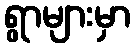
ရွာများမှာ